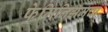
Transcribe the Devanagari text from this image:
फेमिनिझमचा